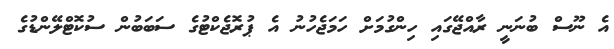
އެ ނޫސް ބުނަނީ ރާއްޖޭގައި ހިންގުމަށް ހަމަޖެހުނު އެ ޕުރޮޖެކްޓުގެ ސަބަބުން ސުކޮޓްލޭންޑުގެ